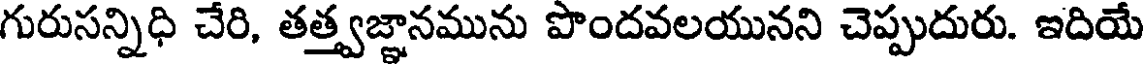
గురుసన్నిధి చేరి, తత్త్వజ్ఞానమును పొందవలయునని చెప్పుదురు. ఇదియే